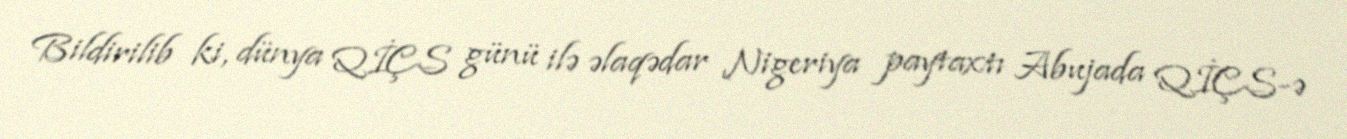
Bildirilib ki, dünya QİÇS günü ilə əlaqədar Nigeriya paytaxtı Abujada QİÇS-ə